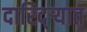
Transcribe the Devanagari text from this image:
दारिद्‌ऱ्यात